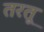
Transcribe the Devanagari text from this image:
तरतू